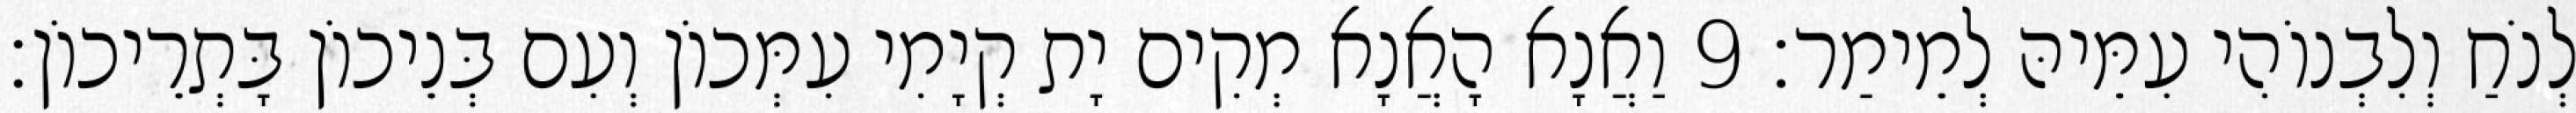
לְנֹחַ וְלִבְנוֹהִי עִמֵּיהּ לְמֵימַר׃ 9 וַאֲנָא הָאֲנָא מְקִים יָת קְיָמִי עִמְּכוֹן וְעִם בְּנֵיכוֹן בָּתְרֵיכוֹן׃